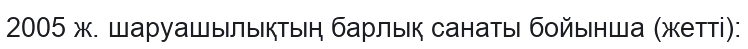
2005 ж. шаруашылықтың барлық санаты бойынша (жетті):